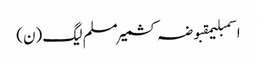
اسمبلیمقبوضہ کشمیرمسلم لیگ (ن)